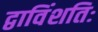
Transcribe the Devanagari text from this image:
द्वाविंशतिः